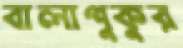
বালাপুকুর